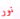
نور